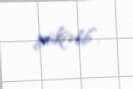
yüksəlib”.